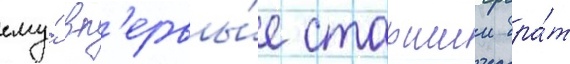
ему́ вп'ервы́е старшии бра́т